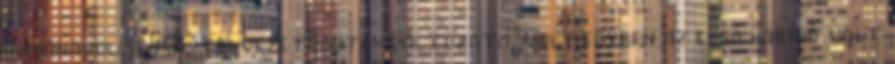
Indianapolisi 500 felvezetőautó-változata, mely egyben az első kabrió volt